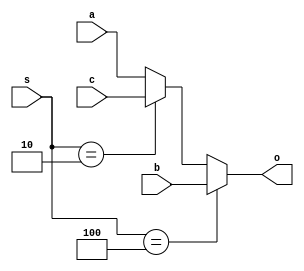
`timescale 1ns/100ps
module MUX_pc(a, b, c, s, o);

  input [31:0] a;
  input [31:0] b;
  input [31:0] c;
  input [5:0] s;
  
  output [31:0] o;
  
  assign o = (s==6'b000100)?b:
             (s==6'b000010)?c:
			 a;

endmodule